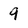
Character: 9